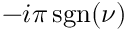
- i \pi \operatorname { s g n } ( \nu )